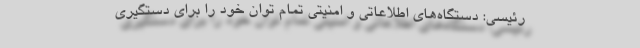
رئیسی: دستگاه‌های اطلاعاتی و امنیتی تمام توان خود را برای دستگیری